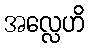
အလ္လေဟိ